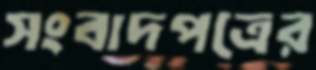
সংবাদপত্রের